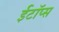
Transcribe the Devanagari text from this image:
ईटॉप्स